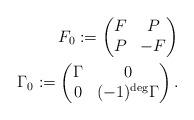
LaTeX: \begin{align*} F_0 := \begin{pmatrix} F & P \\ P & -F\end{pmatrix}\\ \Gamma_0 := \begin{pmatrix} \Gamma & 0 \\ 0 & (-1)^{\rm deg}\Gamma\end{pmatrix}. \end{align*}